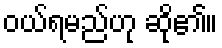
ဝယ်ရမည်ဟု ဆို၏။